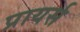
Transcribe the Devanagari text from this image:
प्रायर्स